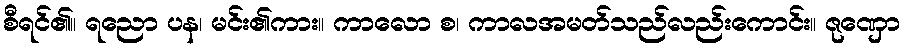
စီရင်၏။ ရညော ပန၊ မင်း၏ကား။ ကာလော စ၊ ကာလအမတ်သည်လည်းကောင်း။ ဇုဏှော